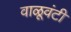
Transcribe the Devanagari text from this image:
वाळूवंटी